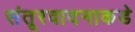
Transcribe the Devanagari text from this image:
संतूरवादनाकडे